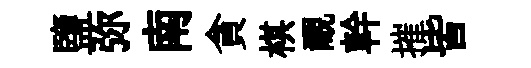
鹽弥南貪棋覼幹摧皆